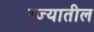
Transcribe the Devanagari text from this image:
रज्यातील